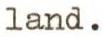
land.